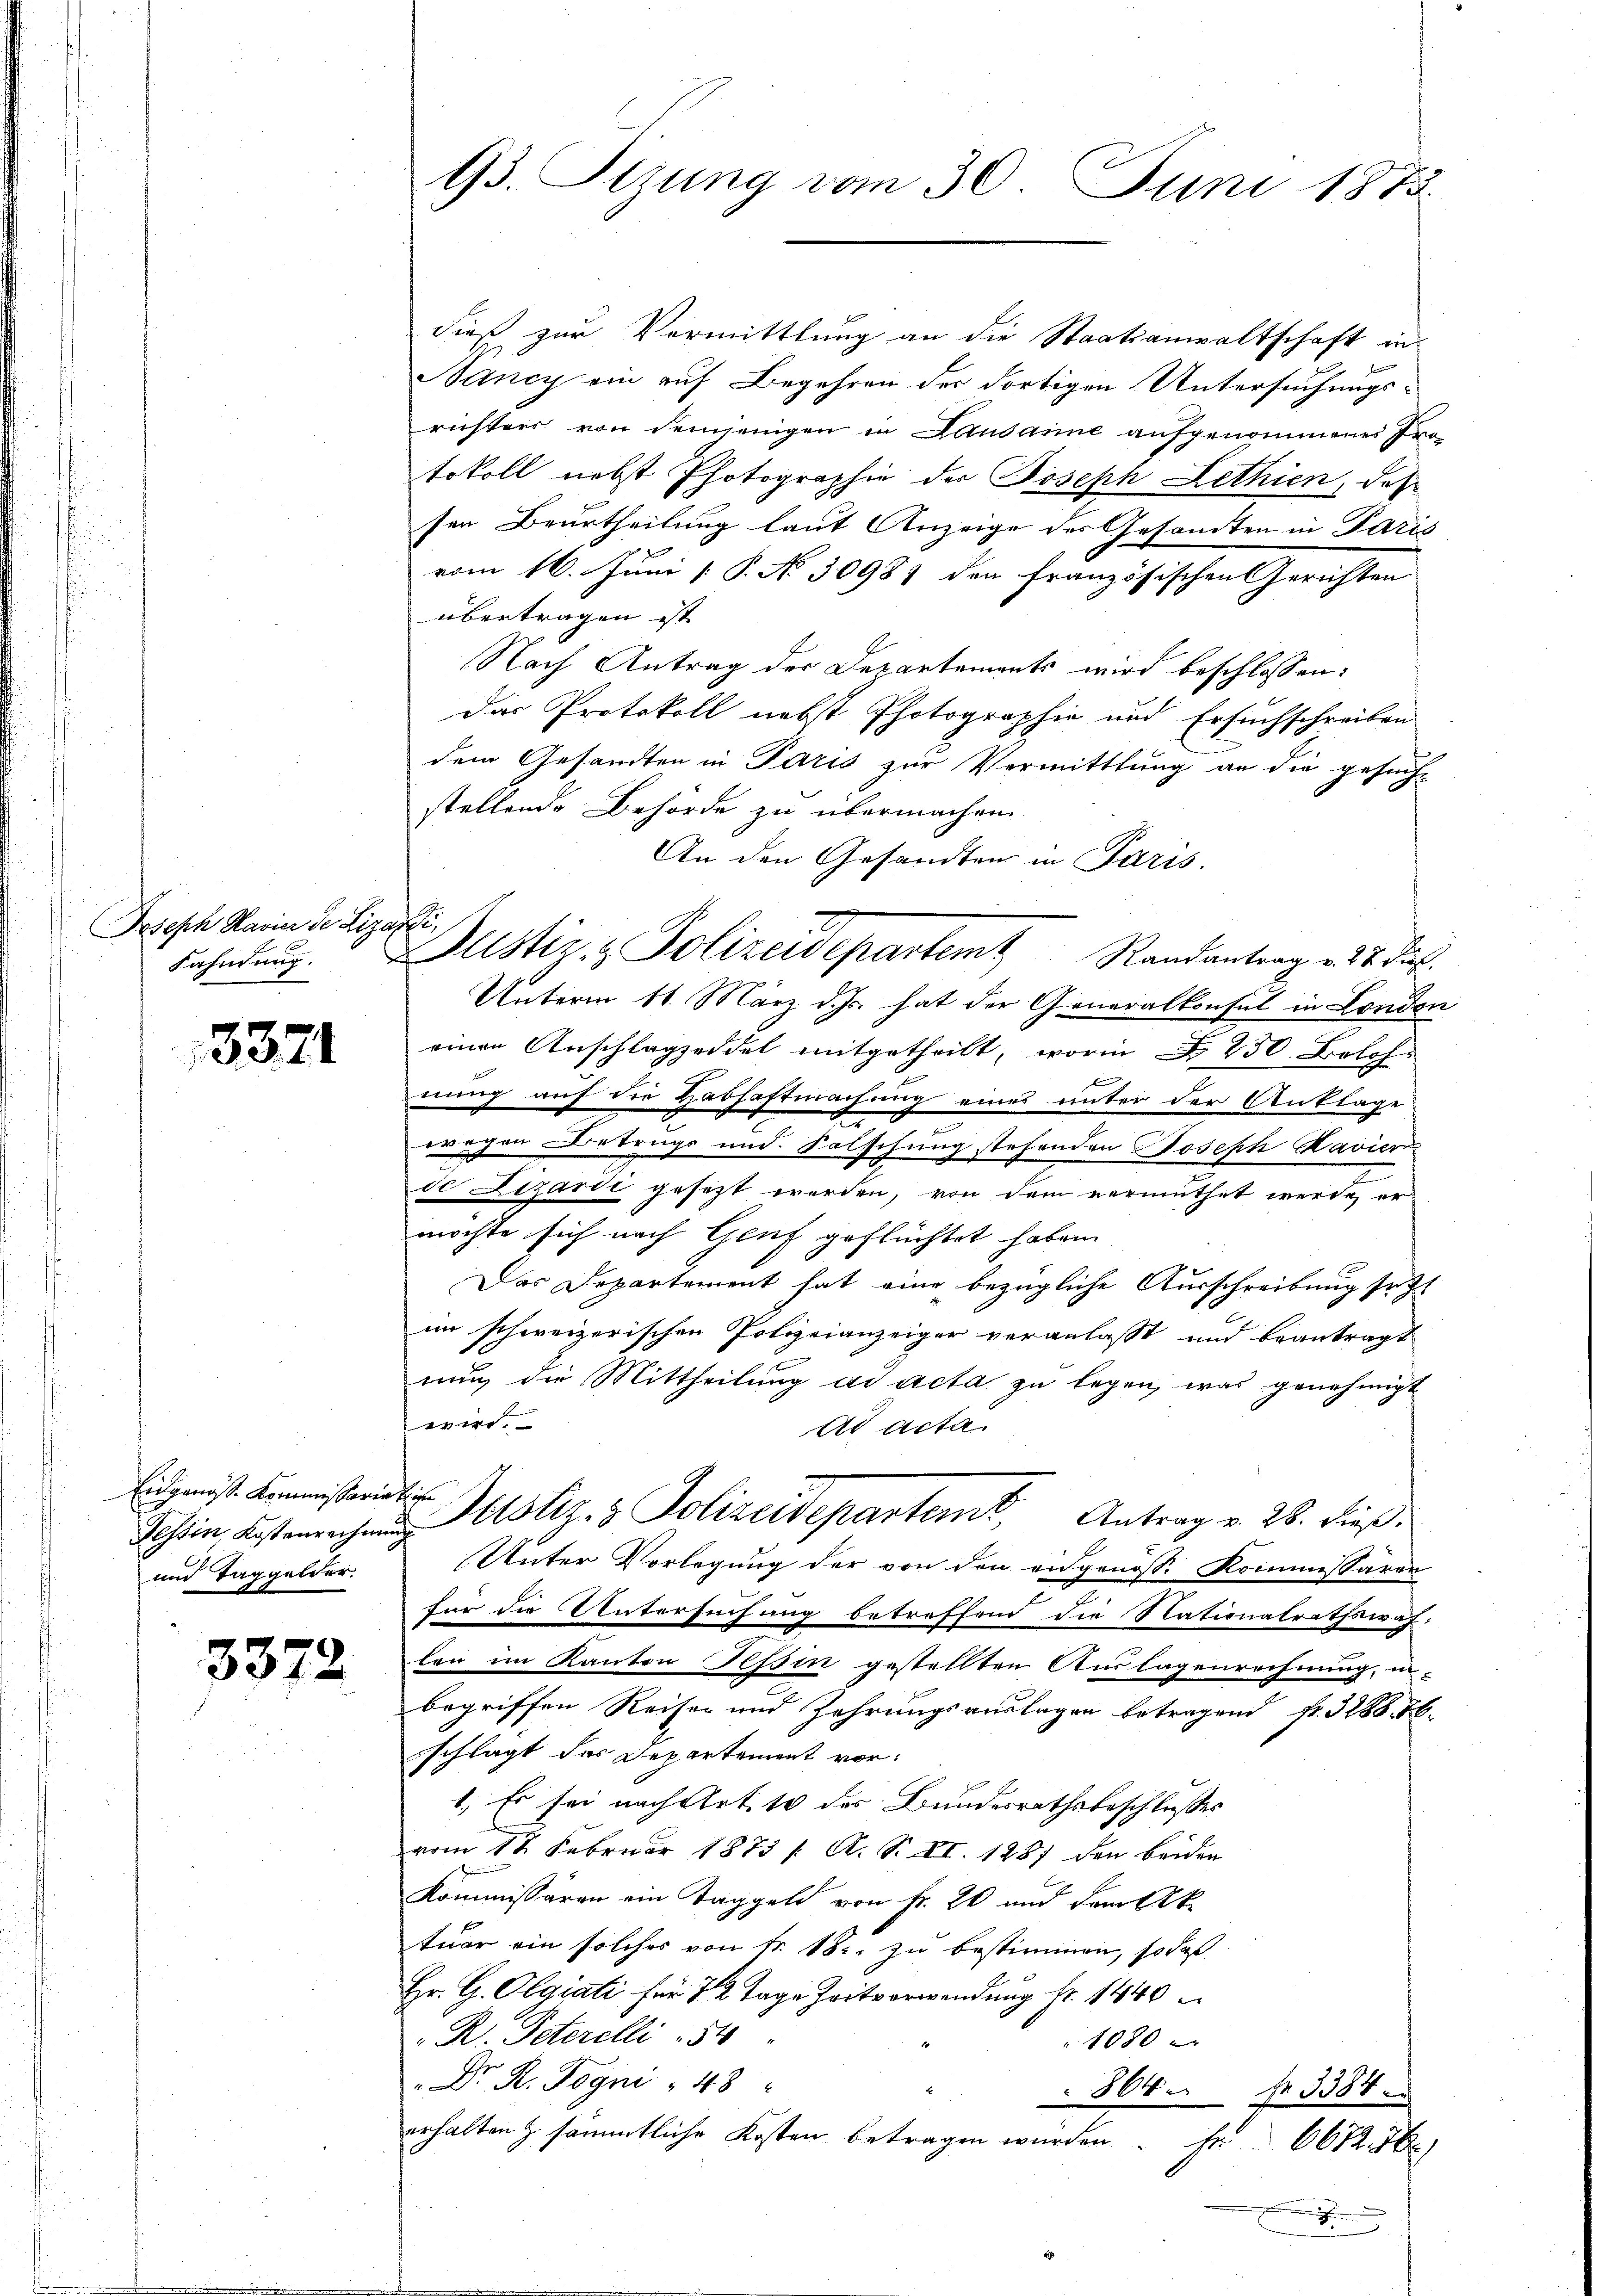
Joseph Havier der Lizardi,
Fahndung.

3371

Eidgenöss. Kommissaria.
Tessin, Kostenrechen
und Taggelder.

3372

93. Sitzung vom 30. Juni 1873.

dieß zur Vormittlung an die Staatsanwaltschaft in
Bancy ein auf Begehren der dortigen Untersuchungsrichters von demjenigen in Lausanne aufgenommenes Protokoll nebst Photographie der Joseph Lethien, daß
sen Beurtheilung laut Anzeige des Gesandten in Paris
vom 16. Juni [ P. No 30987 den französischen Gerichten
übertragen ist
Nach Antrag der Departements wird beschlossen:
Das Protokoll nebst Photographie und Ersuchschreiben
dem Gesandten in Paris zur Vermittlung an die gesuche
stellende Behörde zu übermachen.
An den Gesandten in Paris.
Justiz- & Polizeidepartem Randantrag v. 27. dies
Unterm 16. März d. Js. hat der Generalkonsul in London
einen Anschlagzeidel mitgetheilt, worin  230 Belohn
nung auf die Habhaftmachung eines unter der Anklage
r
e
wegen Betrugs und Falschung stehenden Joseph Havier
de Lizardi gesezt werden, von dem vermuthet werde, er
möchte sich nach Genf geflüchtet haben.
Das Departement hat eine bezügliche Ausschreibung seit
im schweizerischen Polizeianzeiger veranlasst und beantragt
nung die Mittheilung ad acta zu legen, was genehmigt
wird.
ad acta
Justiz- & Polizeidepartant. Antrag v. 28. dieß.
i
Unter Vorlegung der von den engenoss. Kommissären
für die Untersuchung betreffend die Nationalrathswah
hon im Kanton Tessin gestellten Auslagenrechnung, in-
begriffen Reiser und Zehrungsauslagen betragend fr. 3288. 56.
schlägt des Departement vor¬
1. Es sei nach Art. 10 des Bundesrathsbeschlusses
vom 12. Februar 1873 /. A. S. XI. 1287 den beiden
Kommissären ein Taggeld von Fr. 20 und dem Ak
tuar ein solches von Fr. 18. zu bestimmen, so daß
Hr. G. Olgiati für 12 Tage Zeitverwendung Fr. 1440
R. Peterelli 54
1080
Dr. R. Pogni " 48
864 f. 3384.
erhalten & sämmtliche Kosten betragen würden.
Fr 6672. 16

x